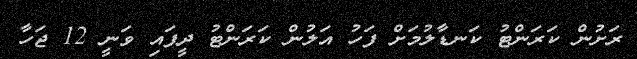
ރަށުން ކަރަންޓު ކަނޑާލުމަށް ފަހު އަލުން ކަރަންޓު ދީފައި ވަނީ 12 ޖަހާ